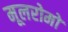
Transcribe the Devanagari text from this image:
मूलरोमों